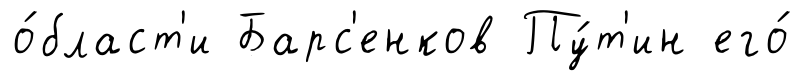
о́бласт'и Барс'енков Пу́т'ин его́